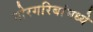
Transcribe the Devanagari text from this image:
गोरगरिबांमध्ये